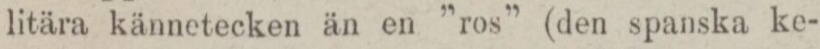
litära kännetecken än en ”ros” (den spanska ke-